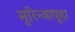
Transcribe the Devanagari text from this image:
मुरिन्जापुहा